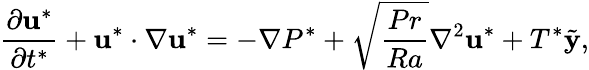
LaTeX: \frac{\partial\mathbf{u}^{*}}{\partial t^{*}}+\mathbf{u}^{*}\cdot\nabla\mathbf{u}^{*}=-\nabla P^{*}+\sqrt{\frac{Pr}{Ra}}\nabla^{2}\mathbf{u}^{*}+T^{*}\tilde{\mathbf{y}},